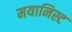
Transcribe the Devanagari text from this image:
मयानिस्ट